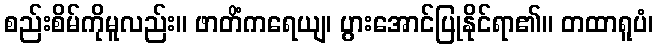
စည်းစိမ်ကိုမူလည်း။ ဖာတိံကရေယျ၊ ပွားအောင်ပြုနိုင်ရာ၏။ တထာရူပံ၊